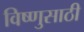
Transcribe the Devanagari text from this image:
विष्णुसाठी